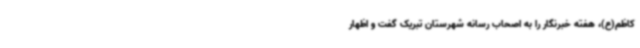
کاظم(ع)، هفته خبرنگار را به اصحاب رسانه شهرستان تبریک گفت و اظهار